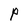
Character: P